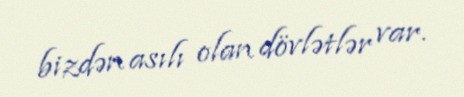
bizdən asılı olan dövlətlər var.